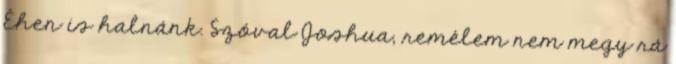
Éhen is halnánk. Szóval Joshua, remélem nem megy rá